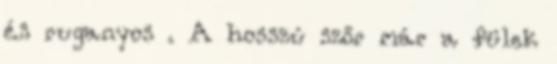
és ruganyos . A hosszú szőr már a fülek